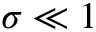
\sigma \ll 1